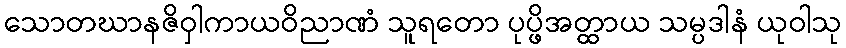
သောတဃာနဇိဝှါကာယဝိညာဏံ သူရတော ပုပ္ဖိအတ္ထာယ သမ္ပဒါနံ ယုဝါသု